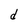
Character: d